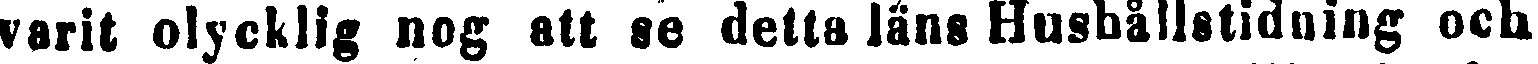
varit olycklig nog att se detta läns Hushållstidning och